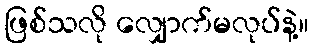
ဖြစ်သလို လျှောက်မလုပ်နဲ့။